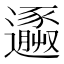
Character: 𨘹